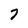
Character: 7